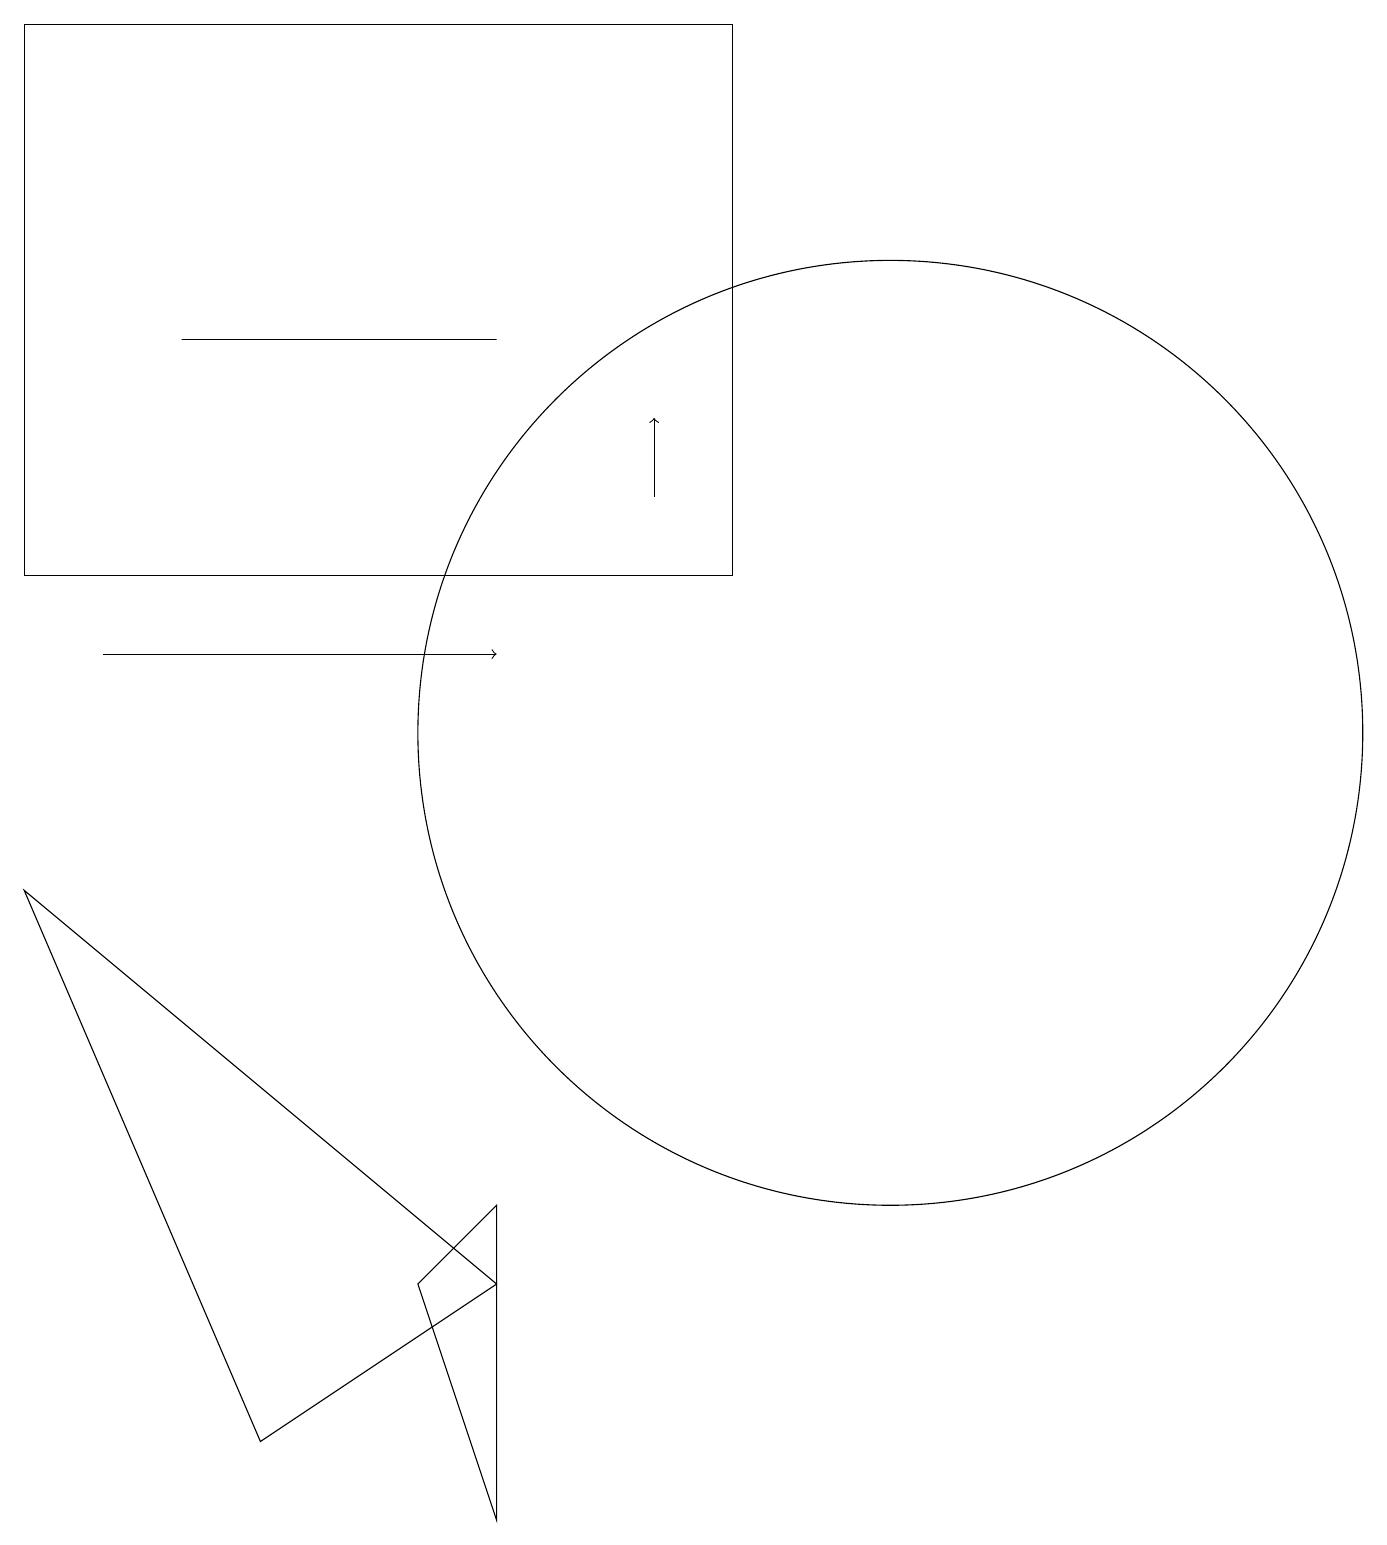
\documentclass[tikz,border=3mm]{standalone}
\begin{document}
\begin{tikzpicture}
\draw (11,10) circle (6);
\draw[->] (1,11) -- (6,11);
\draw (5,3) -- (6,4) -- (6,0) -- cycle;
\draw[->] (8,13) -- (8,14);
\draw (0,8) -- (6,3) -- (3,1) -- cycle;
\draw (2,15) rectangle (6,15);
\draw (0,19) rectangle (9,12);
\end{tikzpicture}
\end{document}